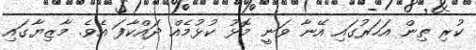
ކުރި ތިން އަހަރުގައި އޭނާ ވަނީ މޮޅު ކުޅުމެއް ދައްކާފަ އެވެ. މާޒިޔާގައި